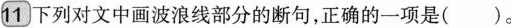
11．下列对文中画波浪线部分的断句，正确的一项是（）